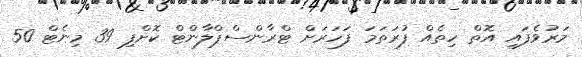
މަރުވެފައި އޮތް ހިތެއް ފުރަތަމަ ފަހަރަށް ޓްރާންސްޕްލާންޓް ކޮށްފި 39 މިނެޓް 50